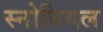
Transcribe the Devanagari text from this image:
स्नोवियल